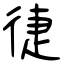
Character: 徢